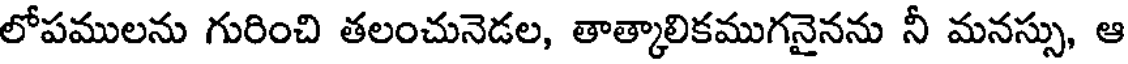
లోపములను గురించి తలంచునెడల, తాత్కాలికముగనైనను నీ మనస్సు, ఆ